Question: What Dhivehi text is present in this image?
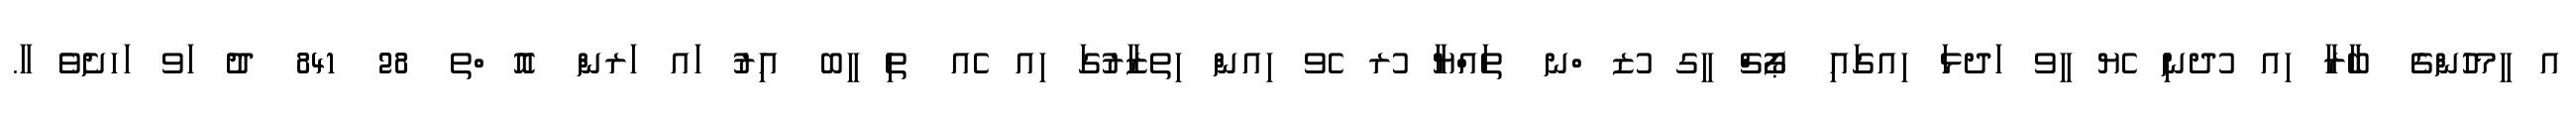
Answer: އ ީމހުންގެ ބާރާ ިއ ުދނި ެޔ ީވ ަދޅަ ިއގައި ޕޯޗް ީގ ުޒ ްނ ތައްޔާ ުރ ެވ ިއން ިތޒާރުގަ ިއ ެއ ތި ީބ އިރު ައ ަރން އޮ ްތ 28 841 ދު ަވ ަހށެވެ ާ.